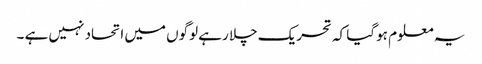
یہ معلوم ہو گیا کہ تحریک چلا رہے لوگوں میں اتحاد نہیں ہے ۔